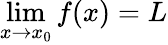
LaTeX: \operatorname*{lim}_{x\to x_{0}}f(x)=L